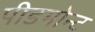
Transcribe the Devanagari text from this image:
पीडमोन्ट